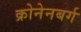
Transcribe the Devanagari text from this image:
क्रोनेनबर्ग